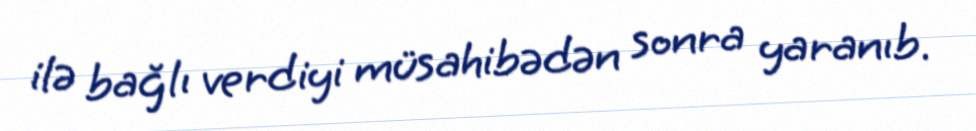
ilə bağlı verdiyi müsahibədən sonra yaranıb.